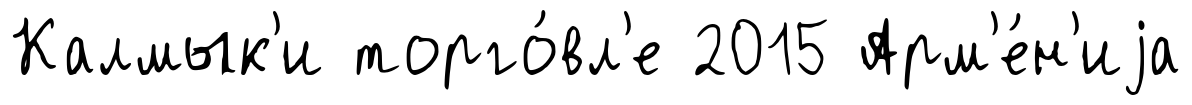
Калмык'и торго́вл'е 2015 Арм'е́н'иjа